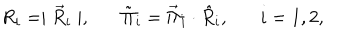
LaTeX: R _ { i } = \mid \vec { R } _ { i } \mid , \tilde { \Pi } _ { i } = \vec { \Pi } _ { i } \cdot \hat { R } _ { i } , i = 1 , 2 ,